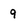
Character: 9